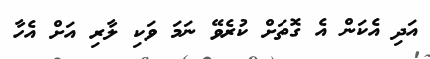
އަދި އެކަން އެ ގޮތަށް ކުރެވޭ ނަމަ ވަކި ލާރި އަށް އެހާ